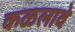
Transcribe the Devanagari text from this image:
कळलावे